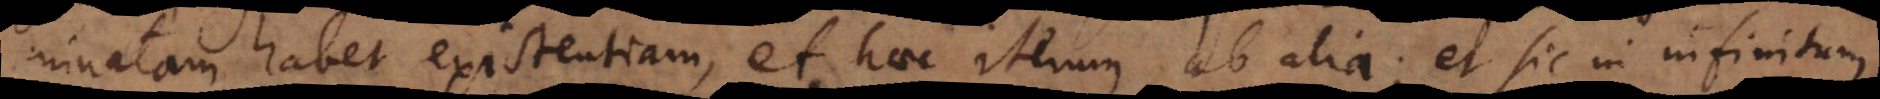
minatam habet existentiam, et haec iterum ab alia; et sic in infinitum.